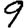
Digit: 9